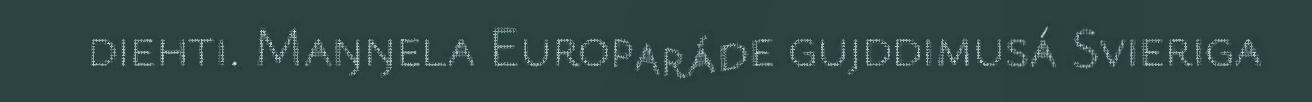
diehti. Maŋŋela Europaráde gujddimusá Svieriga